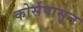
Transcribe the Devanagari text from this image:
कोर्सपासून